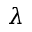
\lambda